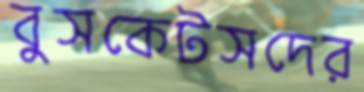
বুসকেটসদের